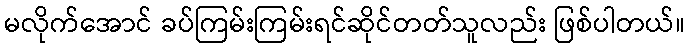
မလိုက်အောင် ခပ်ကြမ်းကြမ်းရင်ဆိုင်တတ်သူလည်း ဖြစ်ပါတယ်။